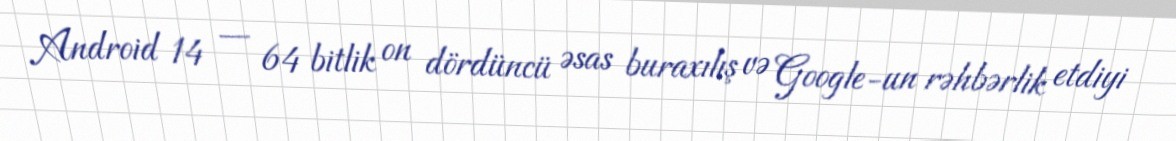
Android 14 — 64 bitlik on dördüncü əsas buraxılış və Google-un rəhbərlik etdiyi